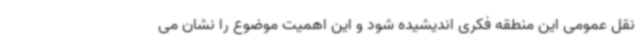
نقل عمومی این منطقه فکری اندیشیده شود و این اهمیت موضوع را نشان می